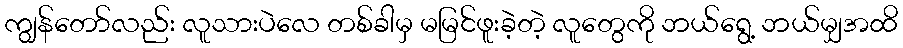
ကျွန်တော်လည်း လူသားပဲလေ တစ်ခါမှ မမြင်ဖူးခဲ့တဲ့ လူတွေကို ဘယ်ရွေ့ ဘယ်မျှအထိ